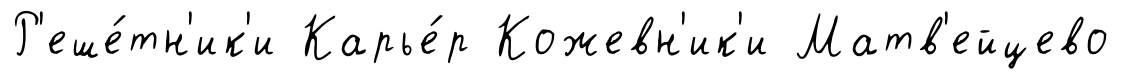
Р'еше́тн'ик'и Карье́р Кожевн'ик'и Матв'ейцево